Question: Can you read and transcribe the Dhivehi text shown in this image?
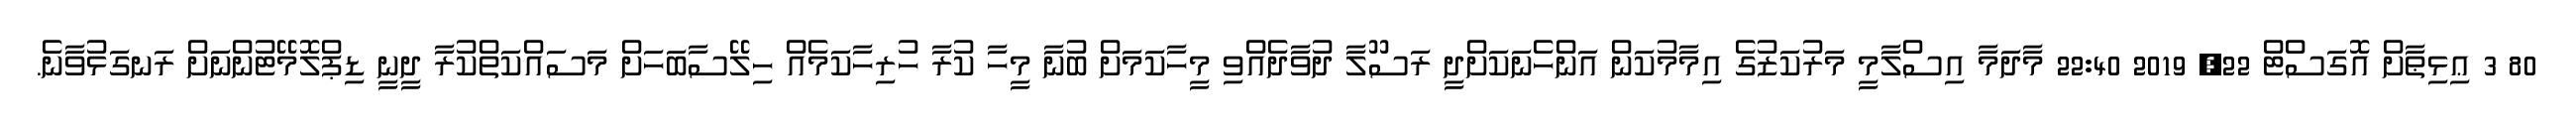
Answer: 80 3 ޢިޅިޠާށް އޮގަސްޓް 22, 2019 22:40 މާދަމާ އިސްލާމީ މަރުކަޒުގެ އިމާމުކަން އަންހެނަކަށްދީ ރަސޫލާ ދުވާދެއްވި މީހާކަމަށް ބުނާ މީހާ ކުރާ ހުރިހާކަމެއް ހިލޭސާބަހަށް މަސައްކަތްކުރާ ދީނީ ޑިޕްލޮމޭޓުންނަށް ރަނގަޅުވާނެ.